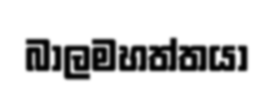
බාලමහත්තයා